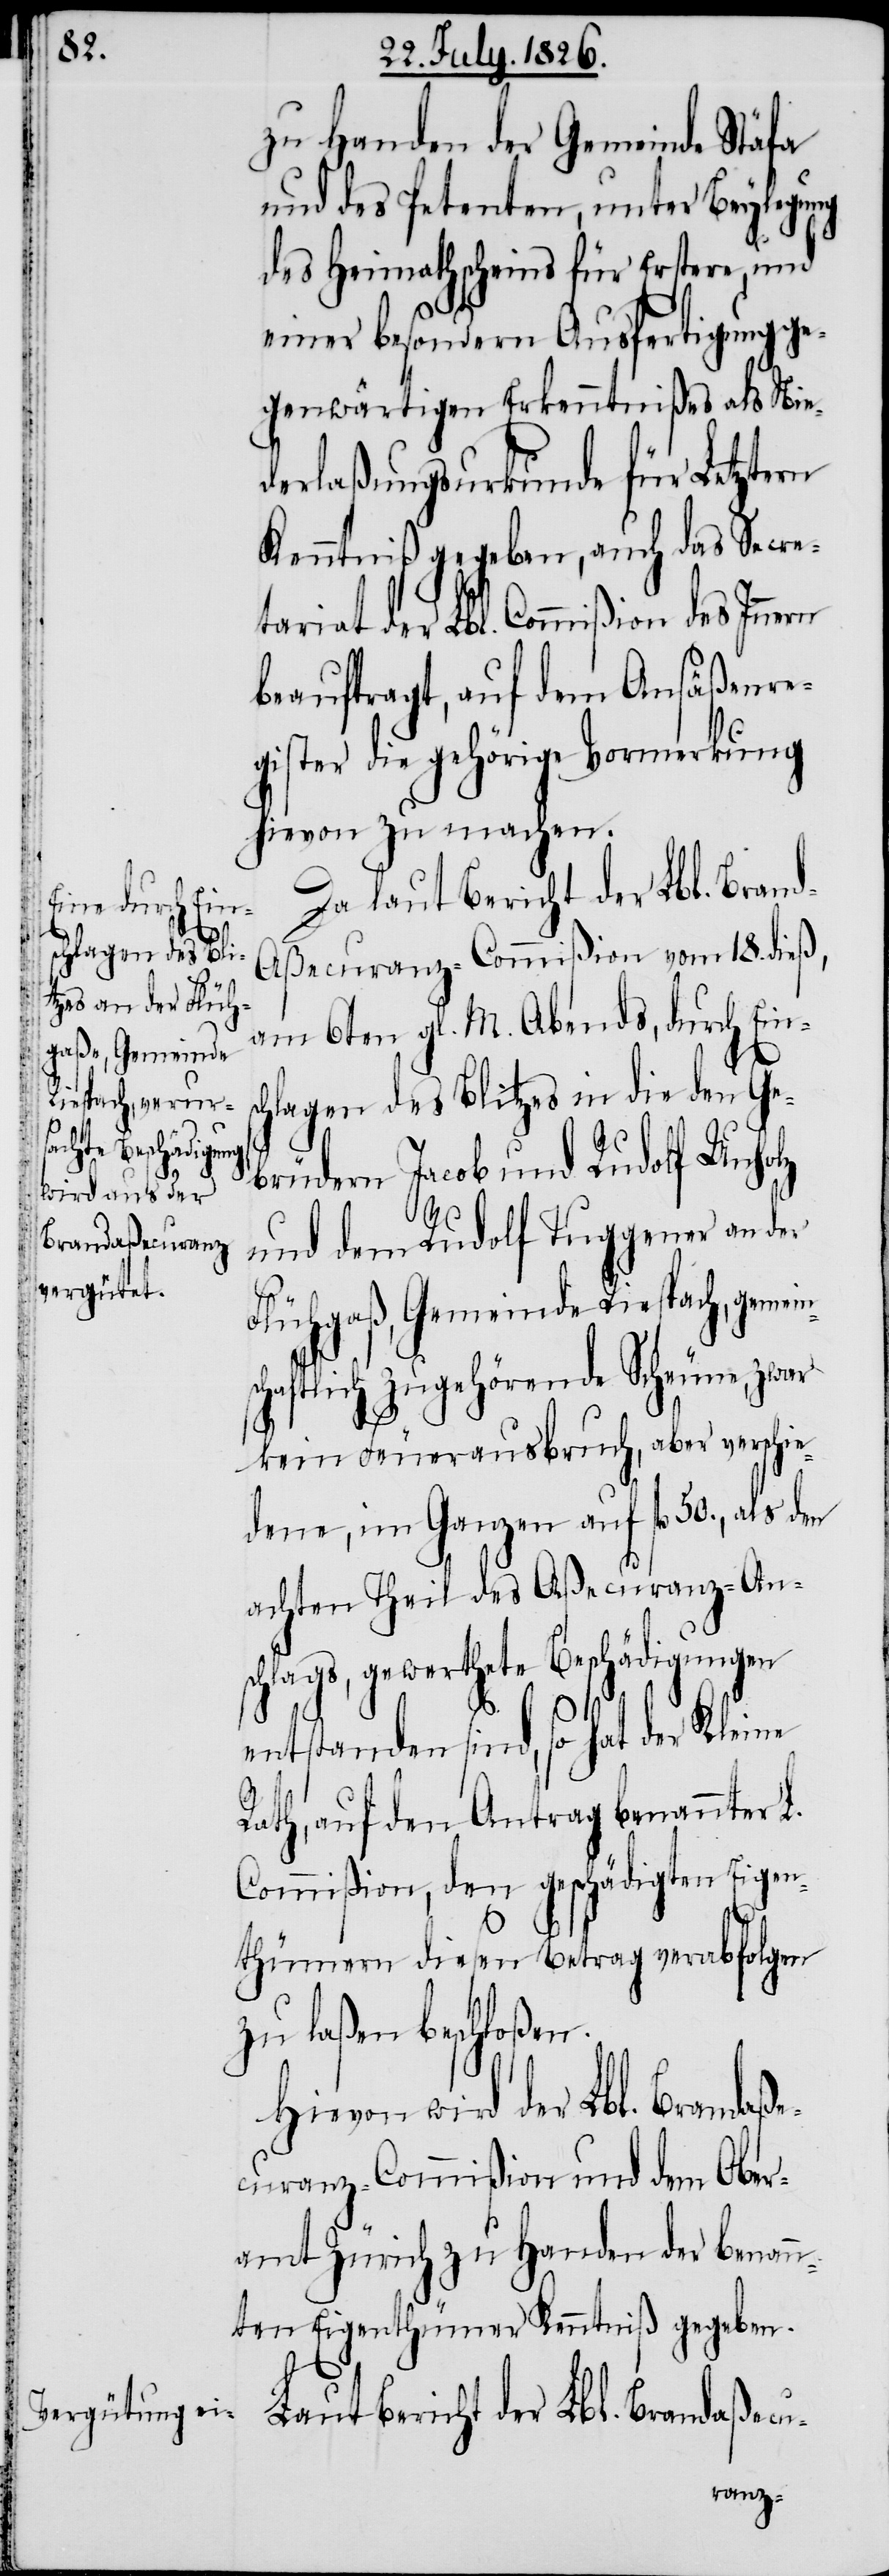
nsc¬

zu Handen der Gemeinde Stäfa
und des Petenten, unter Beylegung
des Heimathscheines für Erstere, und
einer besondern Ausfertigung ge¬
genwärtigen Erkenntnißes als Nie¬
derlaßungsurkunde für Letztern
Kenntniß gegeben, auch das Secre¬
tariat der Lbl. Commißion des In¬
beauftragt, auf dem Ansäßenre¬
gister die gehörige Vormerkung
hievon zu machen.
Laut Bericht der Lbl. Brand¬
d-Aßecuranz-Commißion vom 18. dieß,
am 6ten gl. M. Abends, durch Eins¬
chlagen des Blitzes in die den Ge¬
brüdern Jacob und Rudolf Unholz
und dem Rudolf Tuggener an der
Flühgaß Gemeinde Riespach, gemei¬
haftlich zugehörende Scheune, zwar
kein Feuerausbruch, aber verschie¬
dene, im Ganzen auf fl. 50., als den
achten Theil des Aßecuranz-An¬
schlags, gewerthete Beschädigungen
entstanden sind, so hat der Kleine
Rath, auf den Antrag benannter L.
Commißion, den geschädigten Eigen¬
thümern diesen Betrag verabfolgen
zu laßen beschloßen.
Hievon wird der Lbl. Brandaß¬
ecuranz-Commißion und dem Ober¬
amt Zürich zu Handen der benan¬
nten Eigenthümer Kenntniß gegeben.
aßecu-